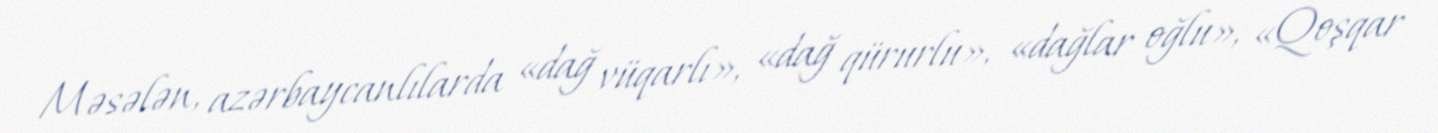
Məsələn, azərbaycanlılarda «dağ vüqarlı», «dağ qürurlu», «dağlar oğlu», «Qoşqar